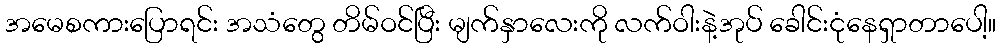
အမေစကားပြောရင်း အသံတွေ တိမ်ဝင်ပြီး မျက်နှာလေးကို လက်ဝါးနဲ့အုပ် ခေါင်းငုံနေရှာတာပေါ့။